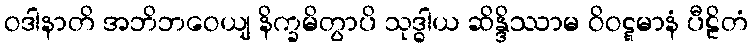
ဝဒါနာတိ အဘိဘဝေယျ နိက္ခမိတွာပိ သုဒ္ဓါယ ဆိန္ဒိဿာမ ဝိဝဋ္ဋမာနံ ပီဠိတံ